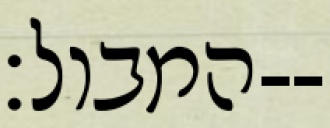
המבול׃--